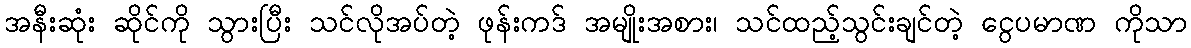
အနီးဆုံး ဆိုင်ကို သွားပြီး သင်လိုအပ်တဲ့ ဖုန်းကဒ် အမျိုးအစား၊ သင်ထည့်သွင်းချင်တဲ့ ငွေပမာဏ ကိုသာ